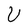
Character: U